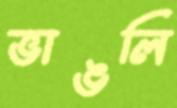
ভাঙলি